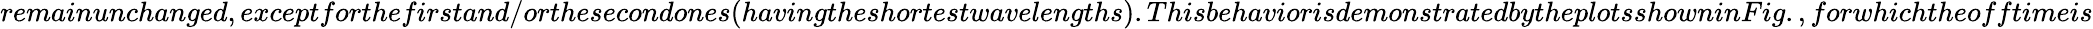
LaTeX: remainunchanged,exceptforthefirstand/orthesecondones(havingtheshortestwavelengths).ThisbehaviorisdemonstratedbytheplotsshowninFig.,forwhichtheofftimeis